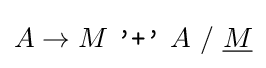
A\rightarrow M\ {\texttt {'+'}}\ A\ /\ {\underline {M}}